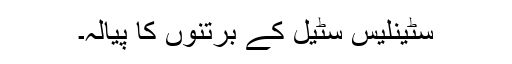
سٹینلیس سٹیل کے برتنوں کا پیالہ۔